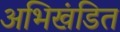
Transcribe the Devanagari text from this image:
अभिखंडित